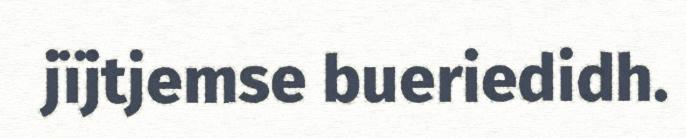
jïjtjemse bueriedidh.